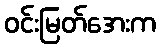
ဝင်းမြတ်အေးက